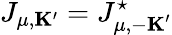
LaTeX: J_{\mu,{\mathbf K}^{\prime}}=J_{\mu,{-\mathbf K}^{\prime}}^{\star}